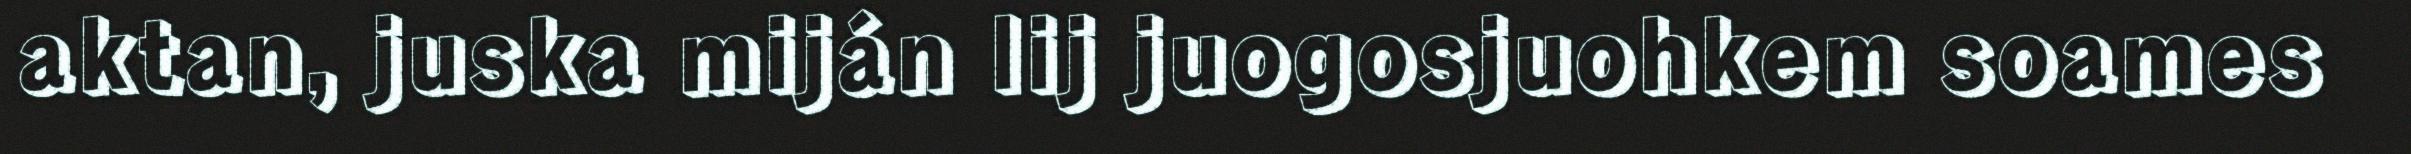
aktan, juska miján lij juogosjuohkem soames